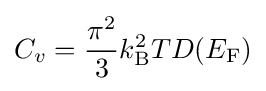
C_{v}={\frac {\pi ^{2}}{3}}k_{\rm {B}}^{2}TD(E_{\rm {F}})